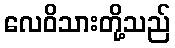
လေဝိသားတို့သည်